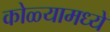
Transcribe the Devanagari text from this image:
कोळ्यामध्ये